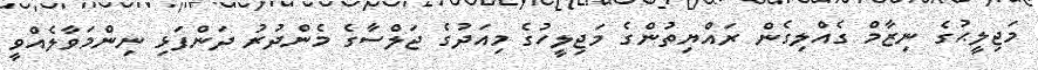
މަޖިލީޙުގެ ނިޒާމް ގެއްލިގެން ރައްޔިތުންގެ މަޖިލީހުގެ މިއަދުގެ ޖަލްސާގެ މެންދުރު ދަންފަޅި ނިންމަވާލެއްވީ